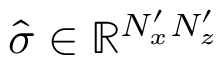
\boldsymbol { \hat { \sigma } } \in \mathbb { R } ^ { N _ { x } ^ { \prime } N _ { z } ^ { \prime } }